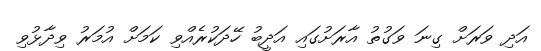
އަދި ވަރަށް ގިނަ ވަގުތު އާރަށުގައި އަދީބު ހޭދަކުރެއްވި ކަމަށް އުމަރު ވިދާޅުވި